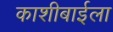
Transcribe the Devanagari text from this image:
काशीबाईला